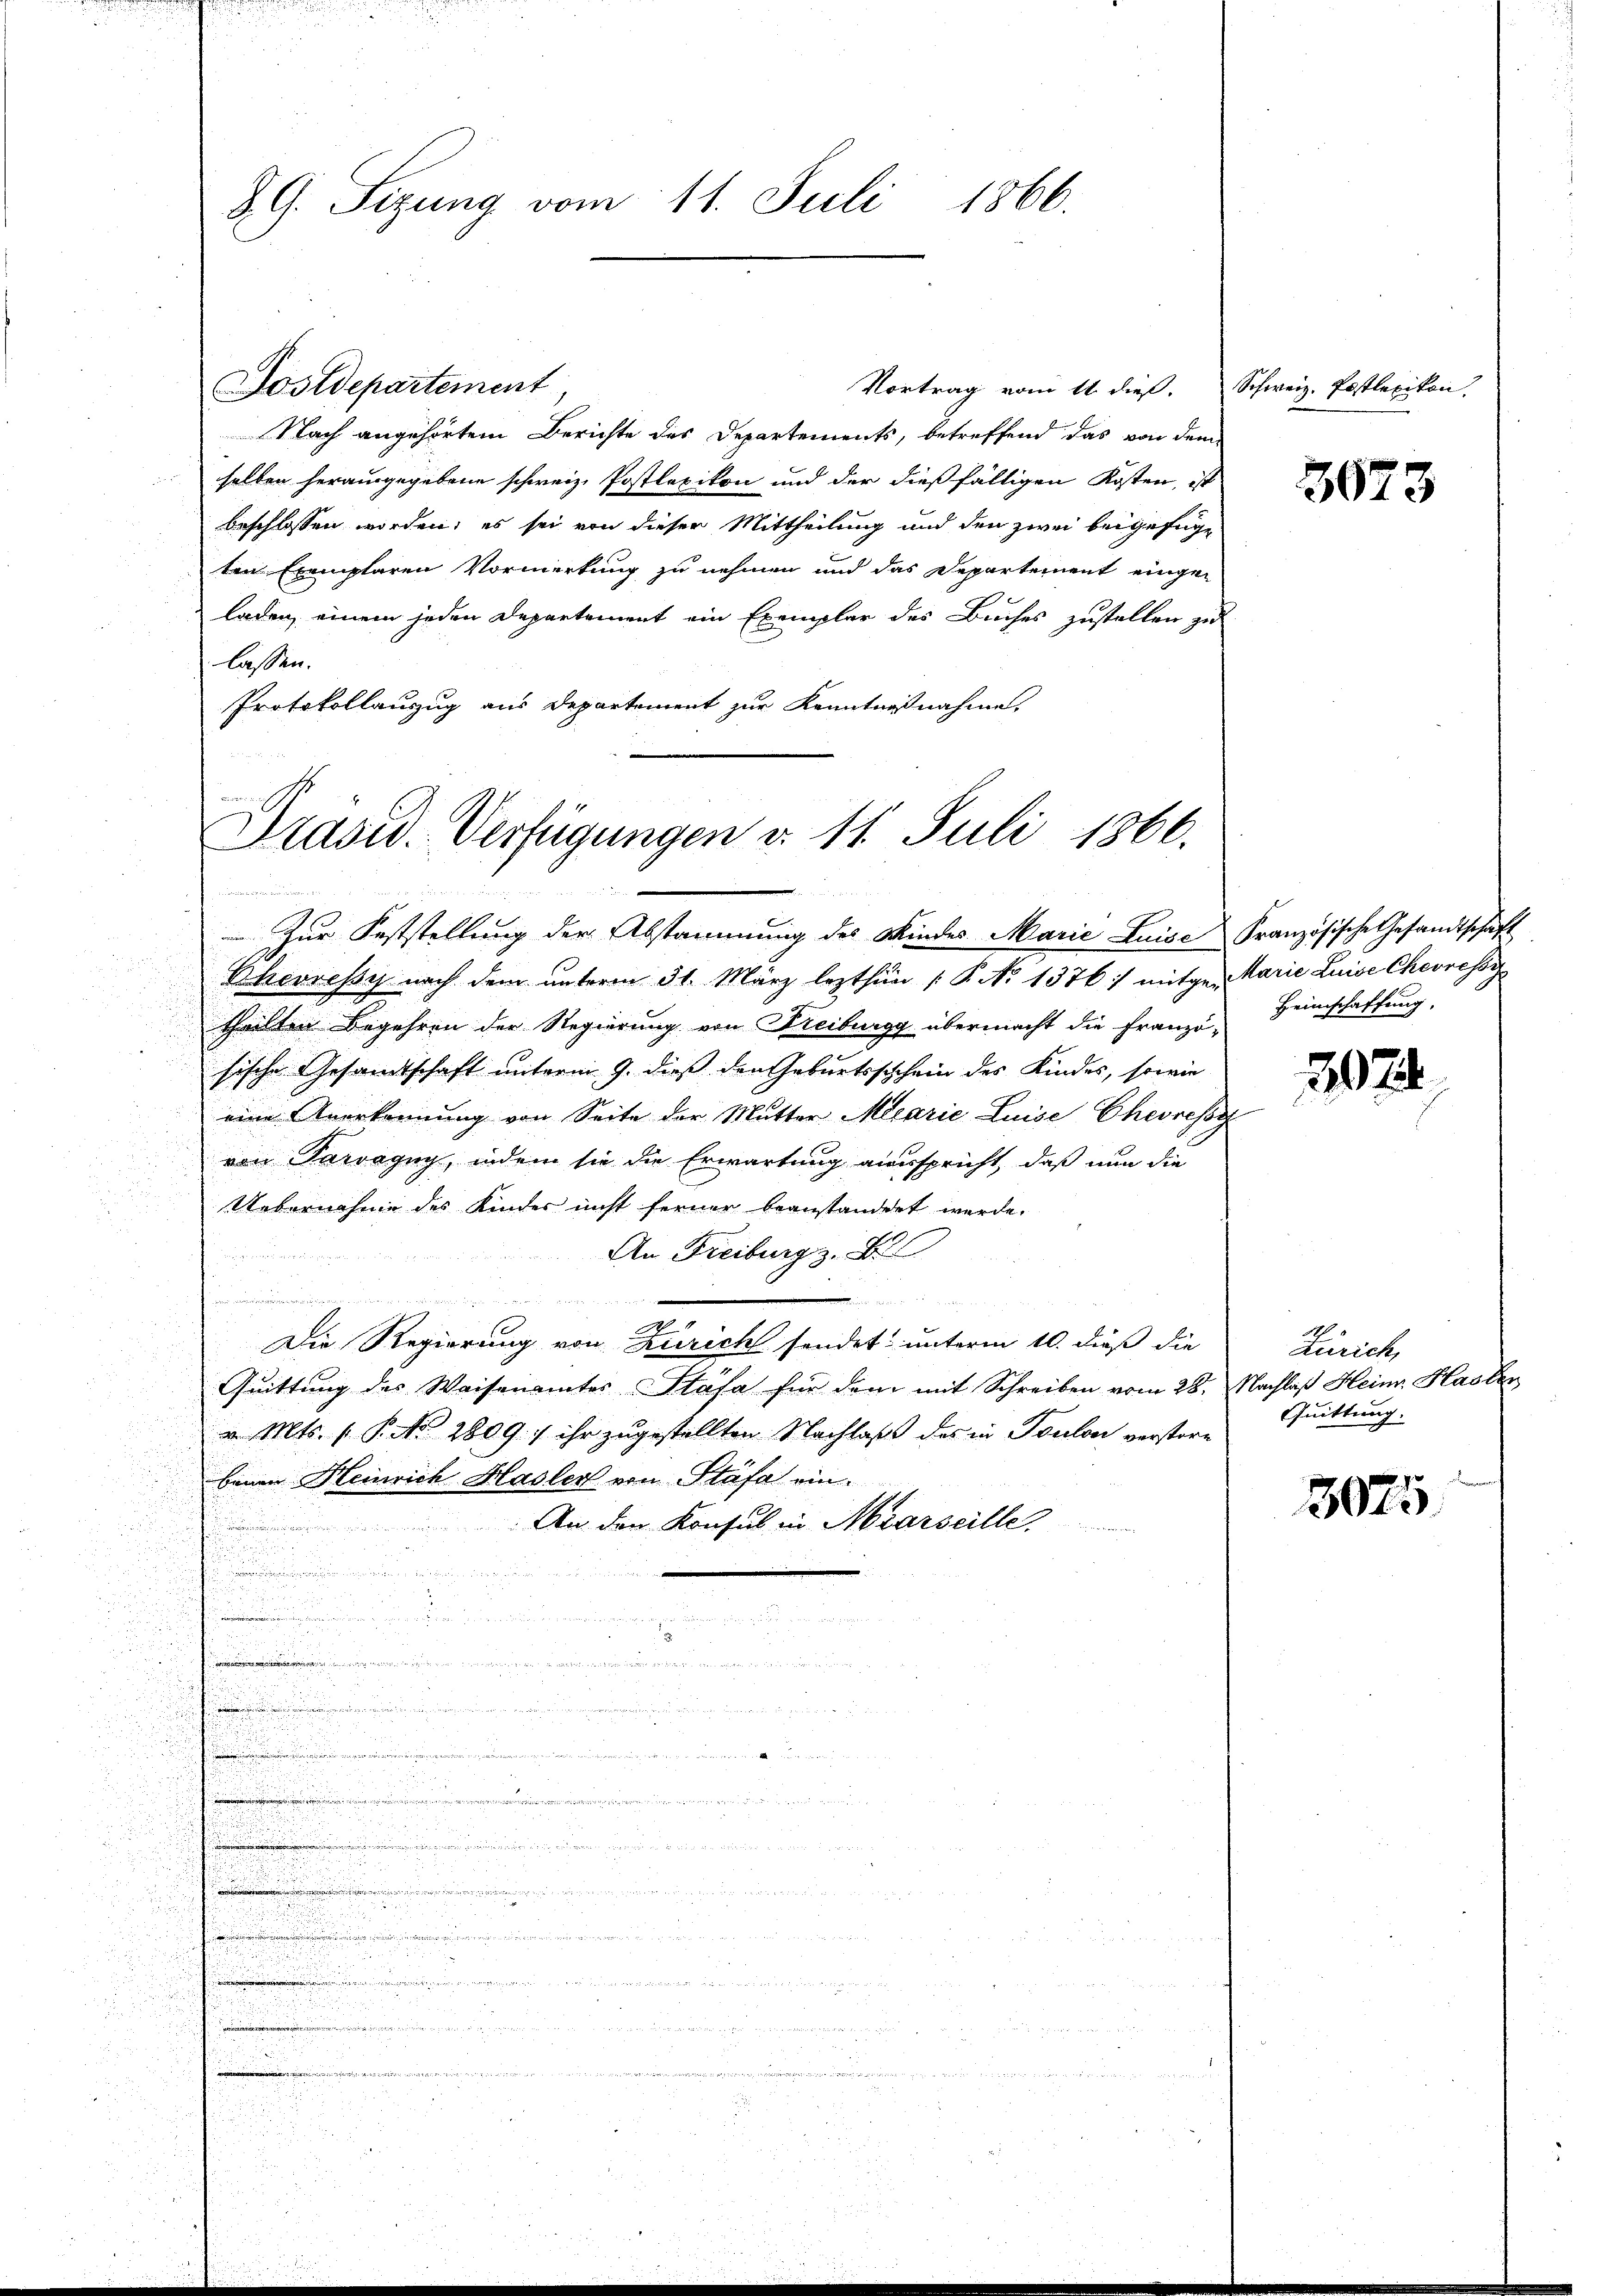
8 G. Sizung vom 11. Juli 1866.

Sostdepartement
Nach angehörtem Berichte des Departements, betreffend das von dem
halten herausgegebene schweiz. Postloxikon und der dießfälligen Kosten, ist
beschlossen worden; es sei von dieser Mittheilung und den zwei beigefüge
ten Exemplaren Vormerkung zu nehmen und das Departement eingeladen, einem jeden Departement ein Exemplar des Buches zustellen zu
lassen.
Protokollauszug aus Departement zur Kenntnißnahme.

u
Prasiv. Verfügungen v. 11. Juli 1866.

1
Zur Feststellung der Abstammung des Kindes Marie Luise Französische Gesandtschaft

Phevressy nach dem unterm 31. März lezthin (: P. No 1376 :/ mitgen Marie Luise Chevrefor
theilten Begehren der Regierung von Dreiburgg übermacht die Französische Gesamtschaft unterm 9. dieß den Geburtsschein des Kindes, sowie
eine Anerkennung von Seite der Mutter Marie Luise Eheressy
von Tarvagug, indem sie die Erwartung ausspricht, daß nun die
Uebernahme des Kinder nicht ferner beanstandet werde.
An Freiburg z. B.
u

x
Die Regierung von Zürich sendet unterm 10. dieß die
Quittung des Waisenamtes Stäfa für dem mit Schreiben vom 28. Nachlaß Heinr. Hasler
v. Mts. 1 P. Nr. 2809. / ihr zugestellten Nachlaß des in Toulon verstore
benen Heinrich Hasler von Stäfa ein¬
An den Konsul in Marseille,

.

.

.
d
h

   einer

.
 den

ise
eingen

u

egger und als einen der
d
eien ergerten wird die vergleinen
 en einen in der in

e
e

Vortrag vom 11. dieß. Schweiz. Postlexikon,

3073

Heimschaffung,

307.

Zürich,
Quittung.

3025